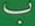
ب